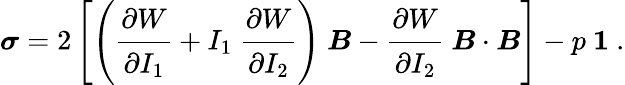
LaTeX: {\boldsymbol{\sigma}}=2\left[\left({\cfrac{\partial W}{\partial I_{1}}}+I_{1}~{\cfrac{\partial W}{\partial I_{2}}}\right)~{\boldsymbol{B}}-{\cfrac{\partial W}{\partial I_{2}}}~{\boldsymbol{B}}\cdot{\boldsymbol{B}}\right]-p~{\boldsymbol{\mathit{1}}}~.